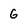
Character: G